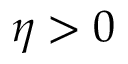
\eta > 0